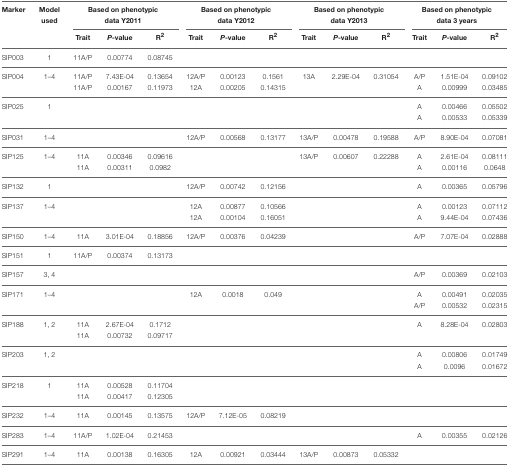
<table><thead><tr><td><b>Marker</b></td><td><b>Model used</b></td><td colspan="3"><b>Based on phenotypic data Y2011</b></td><td colspan="3"><b>Based on phenotypic data Y2012</b></td><td colspan="3"><b>Based on phenotypic data Y2013</b></td><td colspan="3"><b>Based on phenotypic data 3 years</b></td></tr><tr><td></td><td></td><td><b>Trait</b></td><td><b><i>P</i>-value</b></td><td><b>R<sup>2</sup></b></td><td><b>Trait</b></td><td><b><i>P</i>-value</b></td><td><b>R<sup>2</sup></b></td><td><b>Trait</b></td><td><b><i>P</i>-value</b></td><td><b>R<sup>2</sup></b></td><td><b>Trait</b></td><td><b><i>P</i>-value</b></td><td><b>R<sup>2</sup></b></td></tr></thead><tbody><tr><td>SIP003</td><td>1</td><td>11A/P</td><td>0.00774</td><td>0.08745</td><td></td><td></td><td></td><td></td><td></td><td></td><td></td><td></td><td></td></tr><tr><td>SIP004</td><td>1–4</td><td>11A/P</td><td>7.43E-04</td><td>0.13654</td><td>12A/P</td><td>0.00123</td><td>0.1561</td><td>13A</td><td>2.29E-04</td><td>0.31054</td><td>A/P</td><td>1.51E-04</td><td>0.09102</td></tr><tr><td></td><td></td><td>11A/P</td><td>0.00167</td><td>0.11973</td><td>12A</td><td>0.00205</td><td>0.14315</td><td></td><td></td><td></td><td>A</td><td>0.00999</td><td>0.03485</td></tr><tr><td>SIP025</td><td>1</td><td></td><td></td><td></td><td></td><td></td><td></td><td></td><td></td><td></td><td>A</td><td>0.00466</td><td>0.05502</td></tr><tr><td></td><td></td><td></td><td></td><td></td><td></td><td></td><td></td><td></td><td></td><td></td><td>A</td><td>0.00533</td><td>0.05339</td></tr><tr><td>SIP031</td><td>1–4</td><td></td><td></td><td></td><td>12A/P</td><td>0.00568</td><td>0.13177</td><td>13A/P</td><td>0.00478</td><td>0.19588</td><td>A/P</td><td>8.90E-04</td><td>0.07081</td></tr><tr><td>SIP125</td><td>1–4</td><td>11A</td><td>0.00346</td><td>0.09616</td><td></td><td></td><td></td><td>13A/P</td><td>0.00607</td><td>0.22288</td><td>A</td><td>2.61E-04</td><td>0.08111</td></tr><tr><td></td><td></td><td>11A</td><td>0.00311</td><td>0.0982</td><td></td><td></td><td></td><td></td><td></td><td></td><td>A</td><td>0.00116</td><td>0.0648</td></tr><tr><td>SIP132</td><td>1</td><td></td><td></td><td></td><td>12A/P</td><td>0.00742</td><td>0.12156</td><td></td><td></td><td></td><td>A</td><td>0.00365</td><td>0.05796</td></tr><tr><td>SIP137</td><td>1–4</td><td></td><td></td><td></td><td>12A</td><td>0.00877</td><td>0.10566</td><td></td><td></td><td></td><td>A</td><td>0.00123</td><td>0.07112</td></tr><tr><td></td><td></td><td></td><td></td><td></td><td>12A</td><td>0.00104</td><td>0.16051</td><td></td><td></td><td></td><td>A</td><td>9.44E-04</td><td>0.07436</td></tr><tr><td>SIP150</td><td>1–4</td><td>11A</td><td>3.01E-04</td><td>0.18856</td><td>12A/P</td><td>0.00376</td><td>0.04239</td><td></td><td></td><td></td><td>A/P</td><td>7.07E-04</td><td>0.02888</td></tr><tr><td>SIP151</td><td>1</td><td>11A/P</td><td>0.00374</td><td>0.13173</td><td></td><td></td><td></td><td></td><td></td><td></td><td></td><td></td><td></td></tr><tr><td>SIP157</td><td>3, 4</td><td></td><td></td><td></td><td></td><td></td><td></td><td></td><td></td><td></td><td>A/P</td><td>0.00369</td><td>0.02103</td></tr><tr><td>SIP171</td><td>1–4</td><td></td><td></td><td></td><td>12A</td><td>0.0018</td><td>0.049</td><td></td><td></td><td></td><td>A</td><td>0.00491</td><td>0.02035</td></tr><tr><td></td><td></td><td></td><td></td><td></td><td></td><td></td><td></td><td></td><td></td><td></td><td>A/P</td><td>0.00532</td><td>0.02315</td></tr><tr><td>SIP188</td><td>1, 2</td><td>11A</td><td>2.67E-04</td><td>0.1712</td><td></td><td></td><td></td><td></td><td></td><td></td><td>A</td><td>8.28E-04</td><td>0.02803</td></tr><tr><td></td><td></td><td>11A</td><td>0.00732</td><td>0.09717</td><td></td><td></td><td></td><td></td><td></td><td></td><td></td><td></td><td></td></tr><tr><td>SIP203</td><td>1, 2</td><td></td><td></td><td></td><td></td><td></td><td></td><td></td><td></td><td></td><td>A</td><td>0.00806</td><td>0.01749</td></tr><tr><td></td><td></td><td></td><td></td><td></td><td></td><td></td><td></td><td></td><td></td><td></td><td>A</td><td>0.0096</td><td>0.01672</td></tr><tr><td>SIP218</td><td>1</td><td>11A</td><td>0.00528</td><td>0.11704</td><td></td><td></td><td></td><td></td><td></td><td></td><td></td><td></td><td></td></tr><tr><td></td><td></td><td>11A</td><td>0.00417</td><td>0.12305</td><td></td><td></td><td></td><td></td><td></td><td></td><td></td><td></td><td></td></tr><tr><td>SIP232</td><td>1–4</td><td>11A</td><td>0.00145</td><td>0.13575</td><td>12A/P</td><td>7.12E-05</td><td>0.08219</td><td></td><td></td><td></td><td></td><td></td><td></td></tr><tr><td>SIP283</td><td>1–4</td><td>11A/P</td><td>1.02E-04</td><td>0.21453</td><td></td><td></td><td></td><td></td><td></td><td></td><td>A</td><td>0.00355</td><td>0.02126</td></tr><tr><td>SIP291</td><td>1–4</td><td>11A</td><td>0.00138</td><td>0.16305</td><td>12A</td><td>0.00921</td><td>0.03444</td><td>13A/P</td><td>0.00873</td><td>0.05332</td><td></td><td></td><td></td></tr></tbody></table>